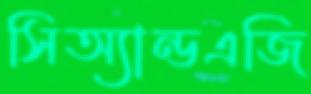
সিঅ্যান্ডএজি